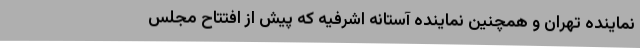
نماینده تهران و همچنین نماینده آستانه اشرفیه که پیش از افتتاح مجلس